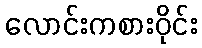
လောင်းကစားဝိုင်း